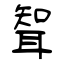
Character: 聟